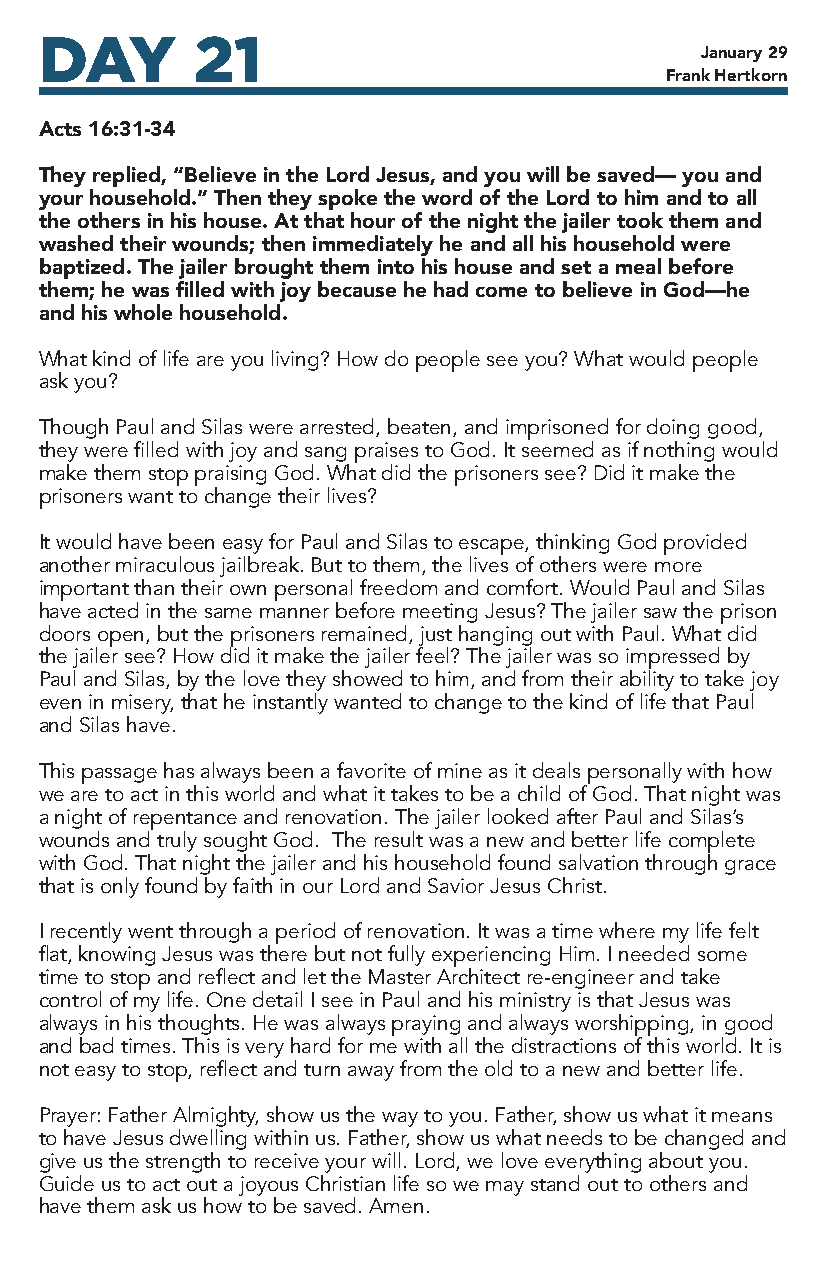
DAY       21
 January 29
 Frank Hertkorn
 Acts 16:31-34
 They replied, “Believe in the Lord Jesus, and you will be saved— you and
 your household.” Then they spoke the word of the Lord to him and to all
 the others in his house. At that hour of the night the jailer took them and
 washed their wounds; then immediately he and all his household were
 baptized. The jailer brought them into his house and set a meal before
 them; he was filled with joy because he had come to believe in God—he
 and his whole household.
 What kind of life are you living? How do people see you? What would people
 ask you?
 Though Paul and Silas were arrested, beaten, and imprisoned for doing good,
 they were filled with joy and sang praises to God. It seemed as if nothing would
 make them stop praising God. What did the prisoners see? Did it make the
 prisoners want to change their lives?
 It would have been easy for Paul and Silas to escape, thinking God provided
 another miraculous jailbreak. But to them, the lives of others were more
 important than their own personal freedom and comfort. Would Paul and Silas
 have acted in the same manner before meeting Jesus? The jailer saw the prison
 doors open, but the prisoners remained, just hanging out with Paul. What did
 the jailer see? How did it make the jailer feel? The jailer was so impressed by
 Paul and Silas, by the love they showed to him, and from their ability to take joy
 even in misery, that he instantly wanted to change to the kind of life that Paul
 and Silas have.
 This passage has always been a favorite of mine as it deals personally with how
 we are to act in this world and what it takes to be a child of God. That night was
 a night of repentance and renovation. The jailer looked after Paul and Silas’s
 wounds and truly sought God. The result was a new and better life complete
 with God. That night the jailer and his household found salvation through grace
 that is only found by faith in our Lord and Savior Jesus Christ.
 I recently went through a period of renovation. It was a time where my life felt
 flat, knowing Jesus was there but not fully experiencing Him. I needed some
 time to stop and reflect and let the Master Architect re-engineer and take
 control of my life. One detail I see in Paul and his ministry is that Jesus was
 always in his thoughts. He was always praying and always worshipping, in good
 and bad times. This is very hard for me with all the distractions of this world. It is
 not easy to stop, reflect and turn away from the old to a new and better life.
 Prayer: Father Almighty, show us the way to you. Father, show us what it means
 to have Jesus dwelling within us. Father, show us what needs to be changed and
 give us the strength to receive your will. Lord, we love everything about you.
 Guide us to act out a joyous Christian life so we may stand out to others and
 have them ask us how to be saved. Amen.